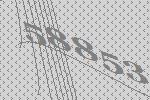
58853